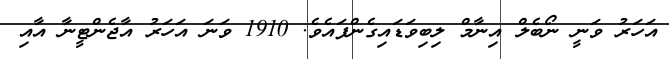
އަހަރު ވަނީ ނޯބެލް އިނާމް ލިބިވަޑައިގެންފައެވެ. 1910 ވަނަ އަހަރު އާޖެންޓީނާ އާއި